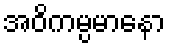
အဝိကမ္ပမာနော